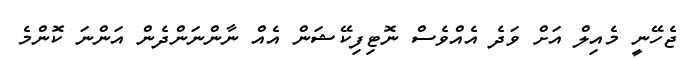
ޖެހޭނީ މެއިލް އަށް ވަދެ އެއްވެސް ނޮޓިފިކޭޝަން އެއް ނާންނަންދެން އަންނަ ކޮންމެ